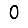
Digit: 0